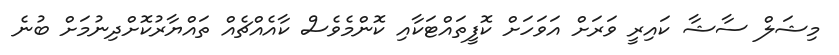
މިޝަލް ސާޝާ ކައިރީ ވަރަށް އަވަހަށް ކޮފީތައްޓަކާއި ކޮންމެވެސް ކާއެއްޗެއް ތައްޔާރުކޮށްދިނުމަށް ބުނެ